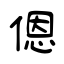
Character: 𫣆